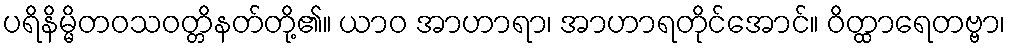
ပရိနိမ္မိတဝသဝတ္တိနတ်တို့၏။ ယာဝ အာဟာရာ၊ အာဟာရတိုင်အောင်။ ဝိတ္ထာရေတဗ္ဗာ၊